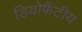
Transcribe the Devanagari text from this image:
डियोफैंटीय